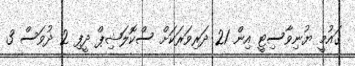
ގައުމީ ޔުނިވާސިޓީ އިން 21 ދަރިވަރަކަށް ސްކޮލަޝިޕް ދީފި 2 ދުވަސް 3